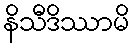
နိသီဒိဿာမိ